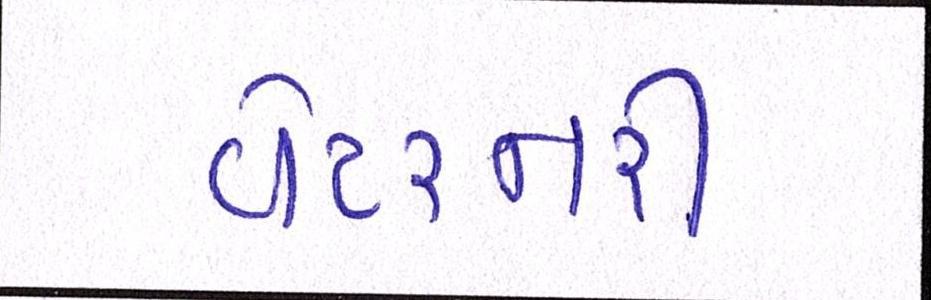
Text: વેટરનરી